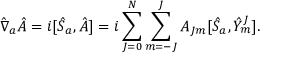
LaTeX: { \hat { \nabla } } _ { a } { \hat { A } } = i [ { \hat { S } } _ { a } , { \hat { A } } ] = i \sum _ { J = 0 } ^ { N } \sum _ { m = - J } ^ { J } A _ { J m } [ { \hat { S } } _ { a } , { \hat { Y } } _ { m } ^ { J } ] .